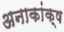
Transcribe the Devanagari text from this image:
अनाकांक्ष